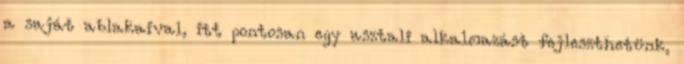
a saját ablakaival, itt pontosan egy asztali alkalmazást fejleszthetünk,